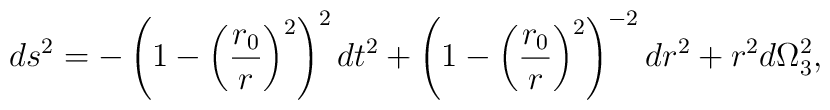
ds^2=-\left(1-\left({{r_0}\over r}\right)^2\right)^2dt^2+\left(1-\left({{r_0}\over r}\right)^2\right)^{-2}dr^2+r^2d\Omega^2_3,